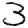
Digit: 3